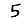
Digit: 5